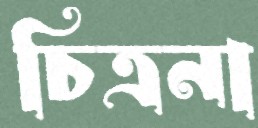
চিত্রনা